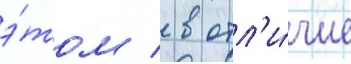
э́том / в отл'и́чие